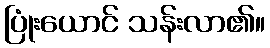
ပြုံးယောင် သန်းလာ၏။